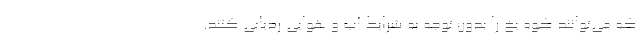
که می‌توانند کوه یخ را بدون توجه به شرایط آب و هوایی ردیابی کنند.